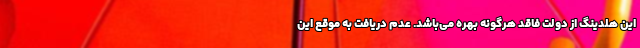
این هلدینگ از دولت فاقد هرگونه بهره می‌باشد. عدم دریافت به موقع این